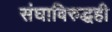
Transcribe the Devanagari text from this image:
संघाविरुद्धही